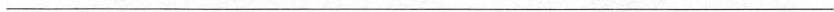
___